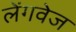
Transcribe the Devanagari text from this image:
लेंगवेज